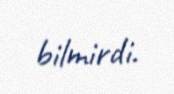
bilmirdi.